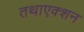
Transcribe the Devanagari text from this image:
तथाएक्शन